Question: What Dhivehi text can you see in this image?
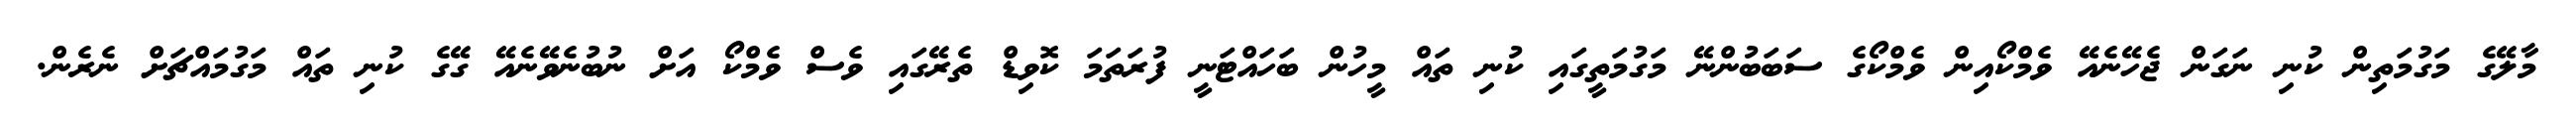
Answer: މާލޭގެ މަގުމަތިން ކުނި ނަގަން ޖެހޭނެއޭ ވެމްކޯއިން ވެމްކޯގެ ސަބަބުންނޭ މަގުމަތީގައި ކުނި ތައް މީހުން ބަހައްޓަނީ ފުރަތަމަ ކޮވިޑް ތެރޭގައި ވެސް ވެމްކޯ އަށް ނުބުނެވޭނެއޭ ގޭގެ ކުނި ތައް މަގުމައްޗަށް ނެރެން.